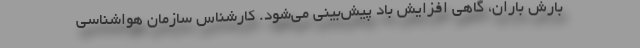
بارش باران، گاهی افزایش باد پیش‌بینی می‌شود. کارشناس سازمان هواشناسی